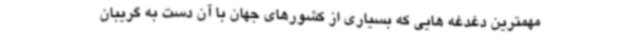
مهمترین دغدغه هایی که بسیاری از کشورهای جهان با آن دست به گریبان